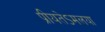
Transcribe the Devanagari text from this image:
प्रीयतेऽमलया